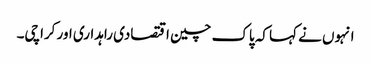
انہوں نے کہا کہ پاک چین اقتصادی راہداری اور کراچی۔